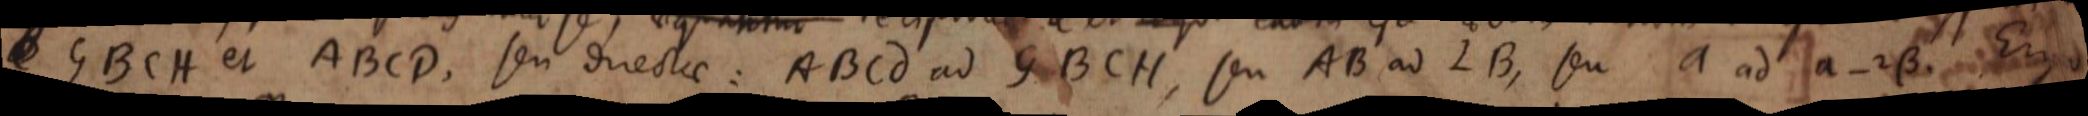
GBCH et ABCD, seu directae: ABCD ad GBCH, seu AB ad LB, seu a ad a ‐ 2β. Ergo